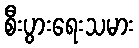
စီးပွားရေးသမား